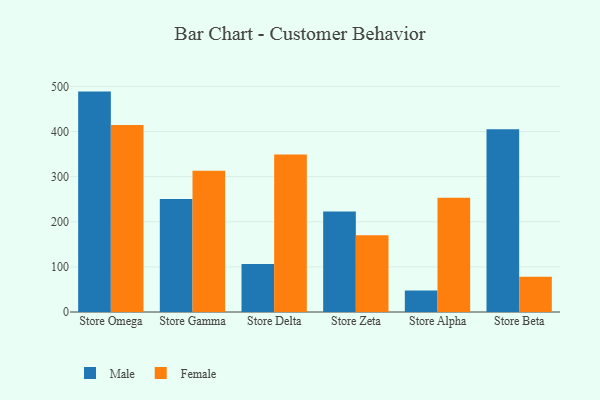
{"axis": {"x": "Store", "y": "Waste Production (Tons)"}, "legend": ["Female", "Male"], "data": [{"x": "Store Omega", "y": 488.6, "type": "Male"}, {"x": "Store Omega", "y": 414.7, "type": "Female"}, {"x": "Store Gamma", "y": 250.4, "type": "Male"}, {"x": "Store Gamma", "y": 313.4, "type": "Female"}, {"x": "Store Delta", "y": 106.2, "type": "Male"}, {"x": "Store Delta", "y": 349.2, "type": "Female"}, {"x": "Store Zeta", "y": 222.7, "type": "Male"}, {"x": "Store Zeta", "y": 170.1, "type": "Female"}, {"x": "Store Alpha", "y": 47.5, "type": "Male"}, {"x": "Store Alpha", "y": 253.2, "type": "Female"}, {"x": "Store Beta", "y": 405.3, "type": "Male"}, {"x": "Store Beta", "y": 78.1, "type": "Female"}]}